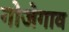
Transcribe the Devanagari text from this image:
गोजेगाव